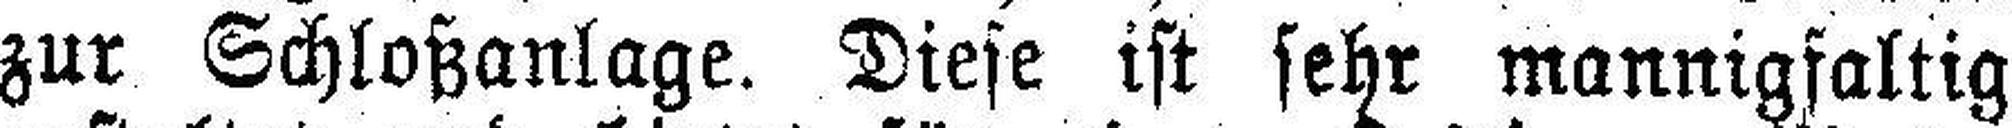
zur Schloßanlage. Diese ist sehr mannigfaltig